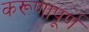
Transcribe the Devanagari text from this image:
करूणापूर्ण